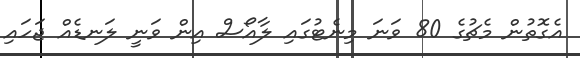
އެގޮތުން މެޗުގެ 80 ވަނަ މިނެޓުގައި ލާއޯސް އިން ވަނީ ލަނޑެއް ޖަހައި